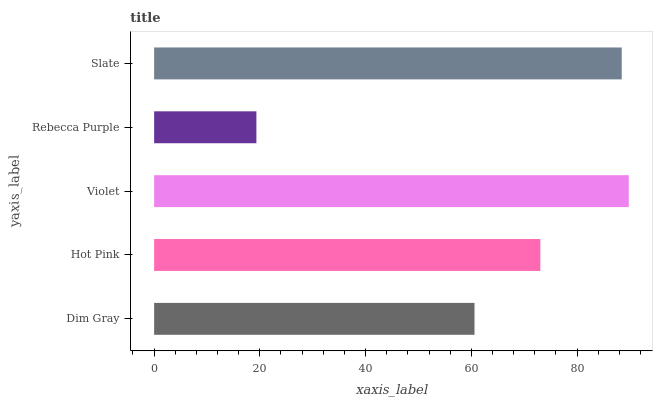
| yaxis_label | bars |
 | --- | --- |
 | Dim Gray | 60.6 |
 | Hot Pink | 73.1 |
 | Violet | 89.8 |
 | Rebecca Purple | 19.3 |
 | Slate | 88.5 |